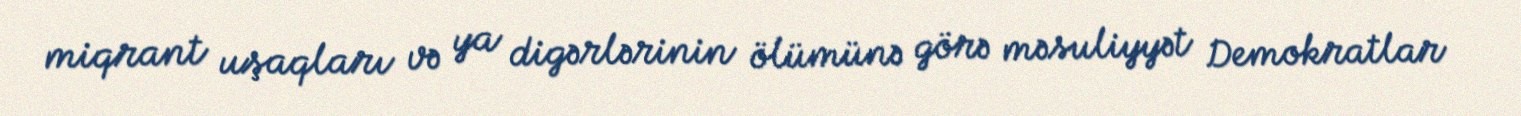
miqrant uşaqları və ya digərlərinin ölümünə görə məsuliyyət Demokratlar